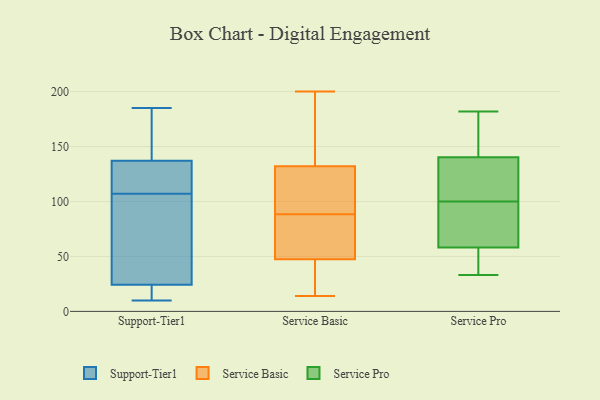
{"axis": {"x": "Tickets Resolved", "y": "Value"}, "legend": ["Service Basic", "Service Pro", "Support-Tier1"], "data": [{"x": "", "y": 136, "type": "Support-Tier1"}, {"x": "", "y": 141, "type": "Support-Tier1"}, {"x": "", "y": 121, "type": "Support-Tier1"}, {"x": "", "y": 113, "type": "Support-Tier1"}, {"x": "", "y": 10, "type": "Support-Tier1"}, {"x": "", "y": 19, "type": "Support-Tier1"}, {"x": "", "y": 92, "type": "Support-Tier1"}, {"x": "", "y": 107, "type": "Support-Tier1"}, {"x": "", "y": 13, "type": "Support-Tier1"}, {"x": "", "y": 140, "type": "Support-Tier1"}, {"x": "", "y": 46, "type": "Support-Tier1"}, {"x": "", "y": 26, "type": "Support-Tier1"}, {"x": "", "y": 185, "type": "Support-Tier1"}, {"x": "", "y": 47, "type": "Service Basic"}, {"x": "", "y": 128, "type": "Service Basic"}, {"x": "", "y": 112, "type": "Service Basic"}, {"x": "", "y": 45, "type": "Service Basic"}, {"x": "", "y": 136, "type": "Service Basic"}, {"x": "", "y": 77, "type": "Service Basic"}, {"x": "", "y": 63, "type": "Service Basic"}, {"x": "", "y": 200, "type": "Service Basic"}, {"x": "", "y": 100, "type": "Service Basic"}, {"x": "", "y": 140, "type": "Service Basic"}, {"x": "", "y": 14, "type": "Service Basic"}, {"x": "", "y": 48, "type": "Service Basic"}, {"x": "", "y": 126, "type": "Service Basic"}, {"x": "", "y": 156, "type": "Service Basic"}, {"x": "", "y": 66, "type": "Service Basic"}, {"x": "", "y": 25, "type": "Service Basic"}, {"x": "", "y": 64, "type": "Service Pro"}, {"x": "", "y": 167, "type": "Service Pro"}, {"x": "", "y": 43, "type": "Service Pro"}, {"x": "", "y": 100, "type": "Service Pro"}, {"x": "", "y": 130, "type": "Service Pro"}, {"x": "", "y": 62, "type": "Service Pro"}, {"x": "", "y": 35, "type": "Service Pro"}, {"x": "", "y": 147, "type": "Service Pro"}, {"x": "", "y": 180, "type": "Service Pro"}, {"x": "", "y": 88, "type": "Service Pro"}, {"x": "", "y": 138, "type": "Service Pro"}, {"x": "", "y": 33, "type": "Service Pro"}, {"x": "", "y": 182, "type": "Service Pro"}, {"x": "", "y": 67, "type": "Service Pro"}, {"x": "", "y": 47, "type": "Service Pro"}, {"x": "", "y": 137, "type": "Service Pro"}, {"x": "", "y": 103, "type": "Service Pro"}]}